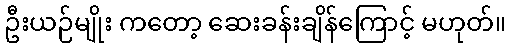
ဦးယဉ်မျိုး ကတော့ ဆေးခန်းချိန်ကြောင့် မဟုတ်။